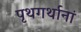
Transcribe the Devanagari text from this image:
पृथगर्थानां